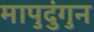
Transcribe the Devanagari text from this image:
मापुदुंगुन